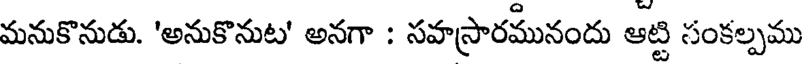
మనుకొనుడు. 'అనుకొనుట' అనగా : సహస్రారమునందు ఆట్టి సంకల్పము